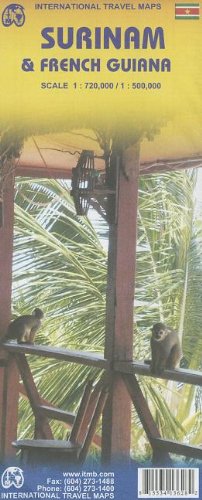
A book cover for Surinam/French Guiana (International Travel Maps); International Travel maps; Travel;